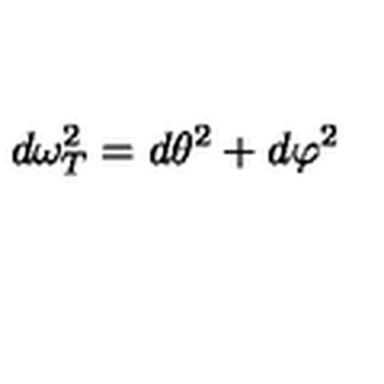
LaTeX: d \omega _ { T } ^ { 2 } = d \theta ^ { 2 } + d \varphi ^ { 2 }